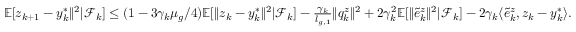
\begin{array} { r } { \mathbb { E } [ z _ { k + 1 } - y _ { k } ^ { * } \| ^ { 2 } | \mathcal { F } _ { k } ] \le ( 1 - 3 \gamma _ { k } \mu _ { g } / 4 ) \mathbb { E } [ \| z _ { k } - y _ { k } ^ { * } \| ^ { 2 } | \mathcal { F } _ { k } ] - \frac { \gamma _ { k } } { l _ { g , 1 } } \| q _ { k } ^ { z } \| ^ { 2 } + 2 \gamma _ { k } ^ { 2 } \mathbb { E } [ \| \tilde { e } _ { k } ^ { z } \| ^ { 2 } | \mathcal { F } _ { k } ] - 2 \gamma _ { k } \langle \tilde { e } _ { k } ^ { z } , z _ { k } - y _ { k } ^ { * } \rangle . } \end{array}